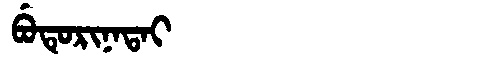
Manchu: ᠪᡠᡨᡠᡵᡳᠨᠠᡨᠠᡳ
Romanization: BUTURINATAI